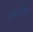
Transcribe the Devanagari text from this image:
अपार्टमेण्ट